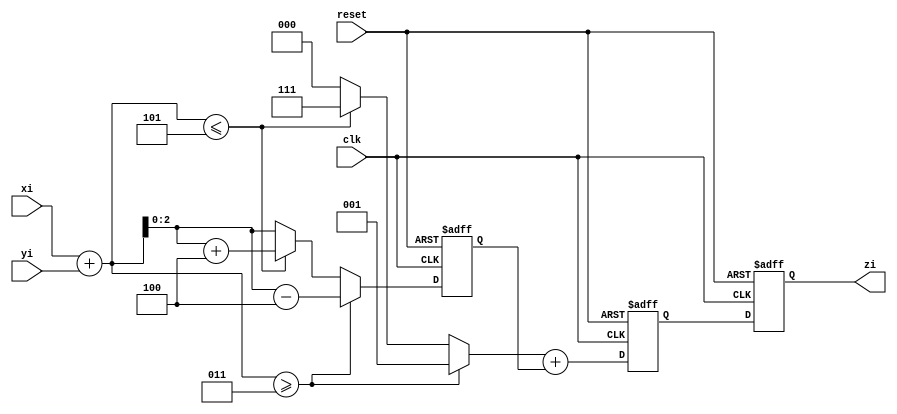
module online_adder_r4 (
		input  clk, reset,		// asynchronous reset to clear all latches
		input      signed [2:0] xi,			// (i+2)th digit of the x input
		input      signed [2:0] yi,			// (i+2)th digit of the y input
		output reg signed [2:0] zi			// ith digit of the result
);

parameter r = 4;
parameter a = 3;

reg [2:0] t;								// transfer digit for the previous cycle
//wire signed [2:0] w_hold_net;
//wire signed [2:0] z_hold_net;

reg signed [2:0] w_hold;				// intermediate sum for the current cycle
reg signed [2:0] z_hold;				// previous digit
reg signed [3:0] temp;

reg signed [2:0] w_temp;

always @(posedge clk, posedge reset)
	begin
		if (reset)
			begin
				w_hold = 4'd0;
				z_hold = 4'd0;
				temp   = 4'd0;
				w_temp = 4'd0;
				zi = 0;
			end
		else
			begin
				TW(xi, yi, t, w_temp);
				w_hold <= w_temp;
				//add(t, w_hold, z_hold_net);
				//z_hold <= z_hold_net;
				z_hold <= add(t, w_hold);
				zi <= z_hold;
			end
	end


task TW;										// calculates the transfer digit and intermediate sum
	input  signed [2:0] x, y;
	output signed [2:0] t, w;
	//reg 	 signed [3:0] temp;
begin
	temp = x + y;
	if (temp >= a)
		begin
			t = 4'd1;
			temp = (temp - r);
		end
	else if (temp <= -a)
		begin
			t = -4'd1;
			temp = temp + r;
		end
	else
			t = 4'd0;
	w = temp[2:0];
end
endtask

function signed [2:0] add;
	input signed [2:0] t, w;
begin
	add = t + w;
end
endfunction

endmodule